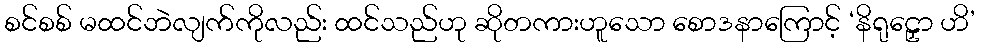
စင်စစ် မထင်ဘဲလျက်ကိုလည်း ထင်သည်ဟု ဆိုတကားဟူသော စောဒနာကြောင့် ‘နိရုဠှော ဟိ’